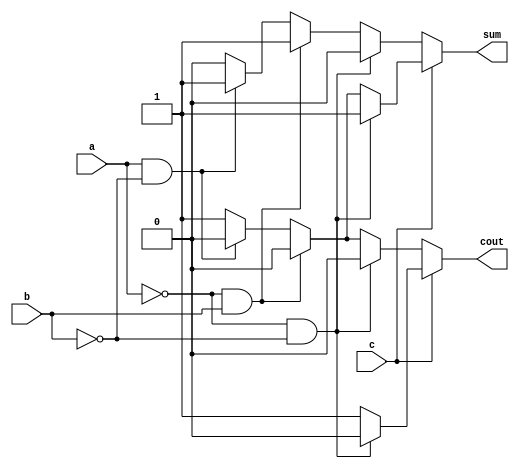
module fulladder(sum,cout,a,b,c);
input a,b,c;
output sum,cout;
reg sum,cout;

always@(a or b or c)
if(c==0)
   if(a==0 && b ==0)
   begin 
   sum=0;
   cout=0; 
      end
   else if(a==0 && b ==1)
   begin 
   sum=1;
   cout=0; 
      end
   else if(a==1 && b ==0)
   begin 
   sum=1;
   cout=0; 
      end
   else
   begin 
   sum=0;
   cout=1; 
      end
else	
if(a==0 && b ==0)
   begin 
   sum=1;
   cout=0; 
      end
   else if(a==0 && b ==1)
   begin 
   sum=0;
   cout=1; 
      end
   else if(a==1 && b ==0)
   begin 
   sum=0;
   cout=1; 
      end
   else
   begin 
   sum=1;
   cout=1; 
      end
endmodule

/* module testbench;
reg a,b,c;
wire sum,cout;
fulladder abc(sum,cout,a,b,c);
initial
      	  
	   begin
$monitor(,$time,"a=%b,b=%b,c=%b,sum=%b,cout=%b",a,b,c,sum,cout);
#0 a = 1'b0;b = 1'b0; c=1'b0; 
#2 a = 1'b0;b = 1'b0; c=1'b1; 
#5 a = 1'b0;b = 1'b1; c=1'b0; 
#10 a = 1'b0;b = 1'b1; c=1'b1; 
#15 a = 1'b1;b = 1'b0; c=1'b0; 
#20 a = 1'b1;b = 1'b0; c=1'b1; 
#20 a = 1'b1;b = 1'b1; c=1'b0; 
#10 a = 1'b1;b = 1'b1; c=1'b1; 
#100 $finish;
end
endmodule */